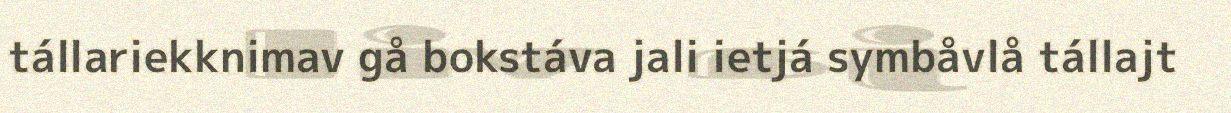
tállariekknimav gå bokstáva jali ietjá symbåvlå tállajt